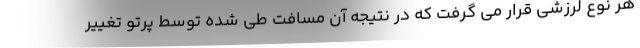
هر نوع لرزشی قرار می گرفت که در نتیجه آن مسافت طی شده توسط پرتو تغییر